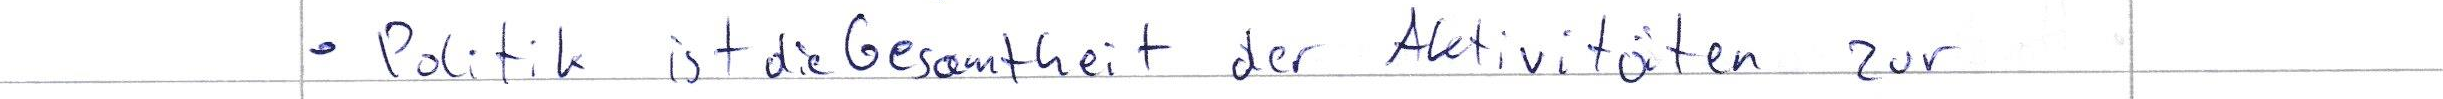
Politk ist die Gesamtheit der Aktivitäten zur